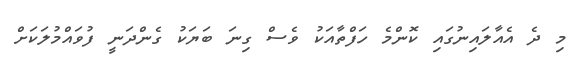
މި ދެ އެއާލައިނުގައި ކޮންމެ ހަފްތާއަކު ވެސް ގިނަ ބަޔަކު ގެންދަނީ ފުވައްމުލަކަށް